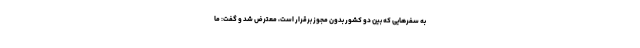
به سفرهایی که بین دو کشور بدون مجوز برقرار است، معترض شد و گفت: ما